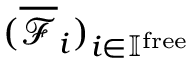
( \overline { { \mathcal { F } } } _ { i } ) _ { i \in \mathbb { I } ^ { \mathrm { f r e e } } }